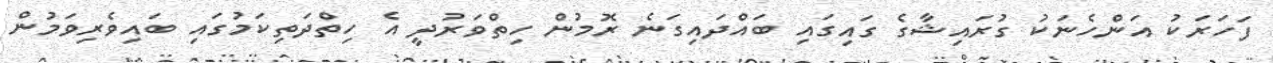
ފަހަރަކު އަންހެނަކު ގުރައިޝާގެ ގައިގައި ބައްދައިގަނެ ރޮމުން ހިތްވަރުދީ އެ ހިތްދަތިކަމުގައި ބައިވެރިވަމުން